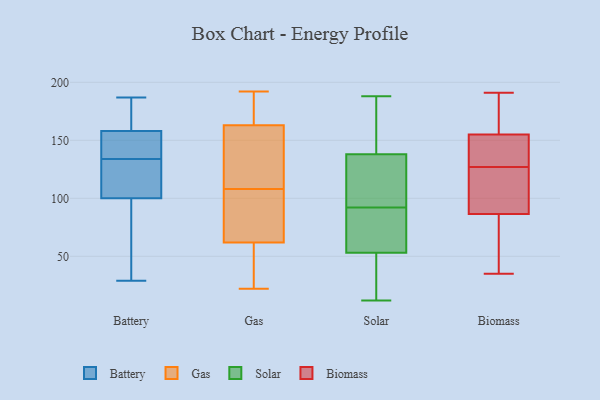
{"axis": {"x": "Active Users", "y": "Value"}, "legend": ["Battery", "Biomass", "Gas", "Solar"], "data": [{"x": "", "y": 168, "type": "Battery"}, {"x": "", "y": 29, "type": "Battery"}, {"x": "", "y": 70, "type": "Battery"}, {"x": "", "y": 106, "type": "Battery"}, {"x": "", "y": 158, "type": "Battery"}, {"x": "", "y": 150, "type": "Battery"}, {"x": "", "y": 155, "type": "Battery"}, {"x": "", "y": 170, "type": "Battery"}, {"x": "", "y": 29, "type": "Battery"}, {"x": "", "y": 187, "type": "Battery"}, {"x": "", "y": 127, "type": "Battery"}, {"x": "", "y": 100, "type": "Battery"}, {"x": "", "y": 101, "type": "Battery"}, {"x": "", "y": 157, "type": "Battery"}, {"x": "", "y": 186, "type": "Battery"}, {"x": "", "y": 136, "type": "Battery"}, {"x": "", "y": 132, "type": "Battery"}, {"x": "", "y": 83, "type": "Battery"}, {"x": "", "y": 161, "type": "Gas"}, {"x": "", "y": 152, "type": "Gas"}, {"x": "", "y": 110, "type": "Gas"}, {"x": "", "y": 43, "type": "Gas"}, {"x": "", "y": 62, "type": "Gas"}, {"x": "", "y": 73, "type": "Gas"}, {"x": "", "y": 65, "type": "Gas"}, {"x": "", "y": 163, "type": "Gas"}, {"x": "", "y": 167, "type": "Gas"}, {"x": "", "y": 106, "type": "Gas"}, {"x": "", "y": 22, "type": "Gas"}, {"x": "", "y": 192, "type": "Gas"}, {"x": "", "y": 58, "type": "Gas"}, {"x": "", "y": 189, "type": "Gas"}, {"x": "", "y": 72, "type": "Solar"}, {"x": "", "y": 84, "type": "Solar"}, {"x": "", "y": 185, "type": "Solar"}, {"x": "", "y": 182, "type": "Solar"}, {"x": "", "y": 138, "type": "Solar"}, {"x": "", "y": 53, "type": "Solar"}, {"x": "", "y": 188, "type": "Solar"}, {"x": "", "y": 100, "type": "Solar"}, {"x": "", "y": 56, "type": "Solar"}, {"x": "", "y": 101, "type": "Solar"}, {"x": "", "y": 106, "type": "Solar"}, {"x": "", "y": 32, "type": "Solar"}, {"x": "", "y": 46, "type": "Solar"}, {"x": "", "y": 12, "type": "Solar"}, {"x": "", "y": 142, "type": "Biomass"}, {"x": "", "y": 35, "type": "Biomass"}, {"x": "", "y": 174, "type": "Biomass"}, {"x": "", "y": 143, "type": "Biomass"}, {"x": "", "y": 76, "type": "Biomass"}, {"x": "", "y": 90, "type": "Biomass"}, {"x": "", "y": 191, "type": "Biomass"}, {"x": "", "y": 105, "type": "Biomass"}, {"x": "", "y": 127, "type": "Biomass"}, {"x": "", "y": 127, "type": "Biomass"}, {"x": "", "y": 180, "type": "Biomass"}, {"x": "", "y": 153, "type": "Biomass"}, {"x": "", "y": 111, "type": "Biomass"}, {"x": "", "y": 140, "type": "Biomass"}, {"x": "", "y": 161, "type": "Biomass"}, {"x": "", "y": 45, "type": "Biomass"}, {"x": "", "y": 53, "type": "Biomass"}]}